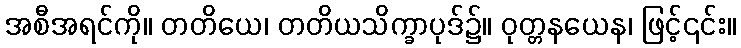
အစီအရင်ကို။ တတိယေ၊ တတိယသိက္ခာပုဒ်၌။ ဝုတ္တနယေန၊ ဖြင့်၎င်း။